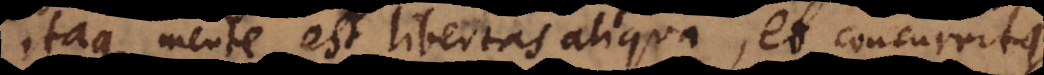
itaque mente est libertas aliqua, et [concurrit]